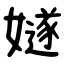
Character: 嬘